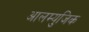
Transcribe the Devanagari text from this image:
आलम्युजिक